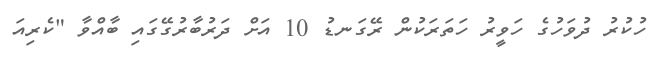
ހުކުރު ދުވަހުގެ ހަވީރު ހަތަރަކުން ރޭގަނޑު 10 އަށް ދަރުބާރުގޭގައި ބާއްވާ "ކެރިއަ